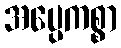
အပ္ပေကစ္စာ